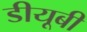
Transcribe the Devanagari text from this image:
डीयूबी